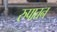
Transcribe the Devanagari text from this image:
रुपातन